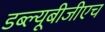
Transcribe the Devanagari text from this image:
डब्ल्यूबीजीएच